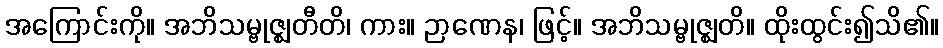
အကြောင်းကို။ အဘိသမ္ဗုဇ္ဈတီတိ၊ ကား။ ဉာဏေန၊ ဖြင့်။ အဘိသမ္ဗုဇ္ဈတိ။ ထိုးထွင်း၍သိ၏။